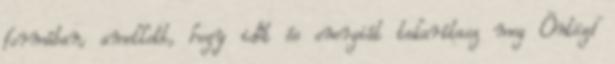
formában, amellett, hogy időt és energiát takarítasz meg Öntözd